Report of the Indian Hemp Drugs Commission, 1894-1895 - Volume VII
Year: 1894
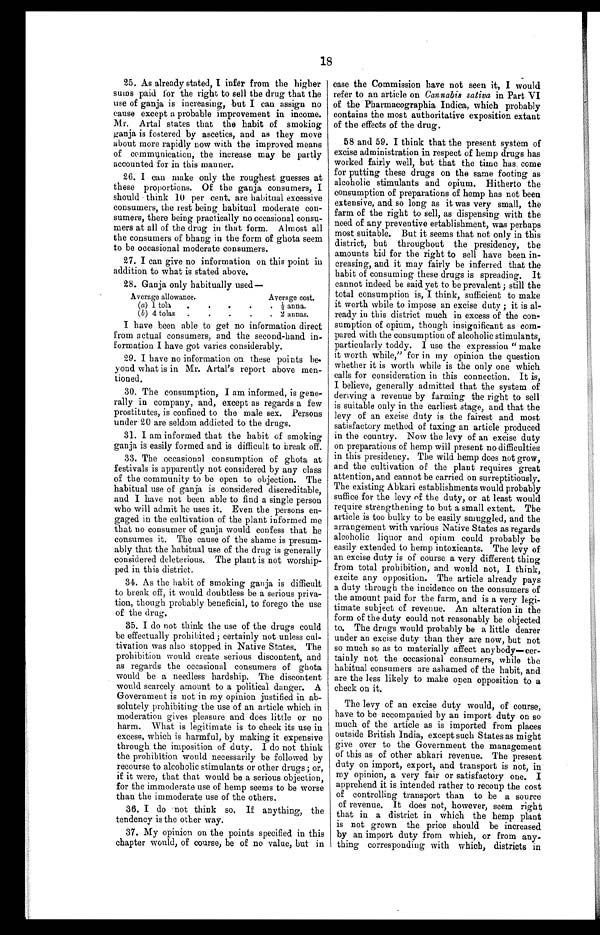
25. As already stated, I infer from the higher
sums paid for the right to sell the drug that the
use of ganja is increasing, but I can assign no
cause except a probable improvement in income.
Mr. Artal states that the habit of smoking
ganja is fostered by ascetics, and as they move
about more rapidly now with the improved means
of communication, the increase may be partly
accounted for in this manner.
26. I can make only the roughest guesses at
these proportions. Of the ganja consumers, I
should think 10 per cent, are habitual excessive
consumers, the rest being habitual moderate con
-sumers, there being practically no occasional consu
- m e r s a t a l l o f t h e d r u g i n t h a t f o r m . A l m o s t a l l
the consumers of bhang in the form of ghota seem
to be occasional moderate consumers.
27. I can give no information on this point in
addition to what is stated above.
28. Ganja only habitually used
Average allowance.
Average cost.
(a) 1 tola. . .
½ anna.
(b) 4 tolas . . .
2 annas.
18
I have been able to get no information direct
from actual consumers, and the second-hand in-
- f o r m a t i o n I h a v e g o t v a r i e s c o n s i d e r a b l y .
29. I have no information on these points be-
yond what is in Mr. Artal's report above men-
tioned.
30. The consumption, I am informed, is gene
- r a l l y i n c o m p a n y , a n d , e x c e p t a s r e g a r d s a f e w
prostitutes, is confined to the male sex. Persons
under 20 are seldom addicted to the drugs.
31. I am informed that the habit of smoking
ganja is easily formed and is difficult to break off.
33. The occasional consumption of ghota at
festivals is apparently not considered by any class
of the community to be open to objection. The
habitual use of ganja is considered discreditable,
and I have not been able to find a single person
who will admit he uses it. Even the persons en
- g a g e d i n t h e c u l t i v a t i o n o f t h e p l a n t i n f o r m e d m e
that no consumer of ganja would confess that he
consumes it. The cause of the shame is presum
- a b l y t h a t t h e h a b i t u a l u s e o f t h e d r u g i s g e n e r a l l y
considered deleterious. The plant is not worship
- p e d i n t h i s d i s t r i c t .
34. As the habit of smoking ganja is difficult
to break off, it would doubtless be a serious priva
- t i o n , t h o u g h p r o b a b l y b e n e f i c i a l , t o f o r e g o t h e u s e
of the drug.
35. I do not think the use of the drugs could
be effectually prohibited ; certainly not unless cul
- t i v a t i o n w a s a l s o s t o p p e d i n N a t i v e S t a t e s . T h e
prohibition would create serious discontent, and
as regards the occasional consumers of ghota
would be a needless hardship. The discontent
would scarcely amount to a political danger. A
Government is not in my opinion justified in ab
- s o l u t e l y p r o h i b i t i n g t h e u s e o f a n a r t i c l e w h i c h i n
moderation gives pleasure and does little or no
harm. What is legitimate is to check its use in
excess, which is harmful, by making it expensive
through the imposition of duty. I do not think
the prohibition would necessarily be followed by
recourse to alcoholic stimulants or other drugs ; or,
if it were, that that would be a serious objection,
for the immoderate use of hemp seems to be worse
than the immoderate use of the others.
36. I do not think so. If anything, the
tendency is the other way.
37. My opinion on the points specified in this
chapter would, of course, be of no value, but in
case the Commission have not seen it, I would
refer to an article on Cannabis saliva in Part VI
of the Pharmacographia Indica, which probably
contains the most authoritative exposition extant
of the effects of the drug.
58 and 59. I think that the present system of
excise administration in respect of hemp drugs has
worked fairly well, but that the time has, come
for putting these drugs on the same footing as
alcoholic stimulants and opium. Hitherto the
consumption of preparations of hemp has not been
extensive, and so long as it was very small, the
farm of the right to sell, as dispensing with the
need of any preventive establishment, was perhaps
most suitable. But it seems that not only in this
district, but throughout the presidency, the
amounts bid for the right to sell have been in
-creasing, and it may fairly be inferred that the
habit of consuming these drugs is spreading. It
cannot indeed be said yet to be prevalent ; still the
total consumption is, I think, sufficient to make
it worth while to impose an excise duty ; it is al
-ready in this district much in excess of the con
-sumption of opium, though insignificant as com--
pared with the consumption of alcoholic stimulants,
particularly toddy. I use the expression " make
it worth while," for in my opinion the question
whether it is worth while is the only one which
calls for consideration in this connection. It is,
I believe, generally admitted that the system of
deriving a revenue by farming the right to sell
is suitable only in the earliest stage, and that the
levy of an excise duty is the fairest and most
satisfactory method of taxing an article produced
in the country. Now the levy of an excise duty
on preparations of hemp will present no difficulties
in this presidency. The wild hemp does not grow,
and the cultivation of the plant requires great
attention, and cannot be carried on surreptitiously.
The existing Abkari establishments would probably
suffice for the levy of the duty, or at least would
require strengthening to but a small extent. The
article is too bulky to be easily smuggled, and the
arrangement with various Native States as regards
alcoholic liquor and opium could probably be
easily extended to hemp intoxicants. The levy of
an excise duty is of course a very different thing
from total prohibition, and would not, I think,
excite any opposition. The article already pays
a duty through the incidence on the consumers of
the amount paid for the farm, and is a very legi-
timate subject of revenue. An alteration in the
form of the duty could not reasonably be objected
to. The drugs would probably be a little dearer
under an excise duty than they are now, but not
so much so as to materially affect anybody—cer-
tainly not the occasional consumers, while the
habitual consumers are ashamed of the habit, and
are the less likely to make open opposition to a
check on it.
The levy of an excise duty would, of course,
have to be accompanied by an import duty on so
much of the article as is imported from places
outside British India, except such States as might
give over to the Government the management
of this as of other abkari revenue. The present
duty on import, export, and transport is not, in
my opinion, a very fair or satisfactory one. I
apprehend it is intended rather to recoup the cost
of controlling transport than to be a source
of revenue. It does not, however, seem right
that in a district in which the hemp plant
is not grown the price should be increased
by an import duty from which, or from any-
- t h i n g c o r r e s p o n d i n g w i t h w h i c h , d i s t r i c t s i n